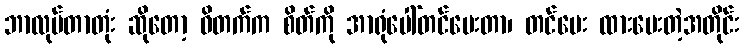
ဘာလုပ်တာတုံး ဆိုတော့ ဝိတက်က စိတ်ကို အာရုံပေါ်တင်ပေးတာ၊ တင်ပေး ထားပေးတဲ့အတိုင်း